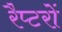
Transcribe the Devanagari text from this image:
रैप्टरों